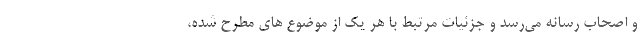
و اصحاب رسانه می‌رسد و جزئیات مرتبط با هر یک از موضوع های مطرح شده،